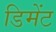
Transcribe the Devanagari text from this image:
डिमेंट